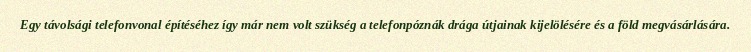
Egy távolsági telefonvonal építéséhez így már nem volt szükség a telefonpóznák drága útjainak kijelölésére és a föld megvásárlására.